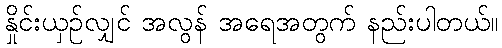
နှိုင်းယှဉ်လျှင် အလွန် အရေအတွက် နည်းပါတယ်။